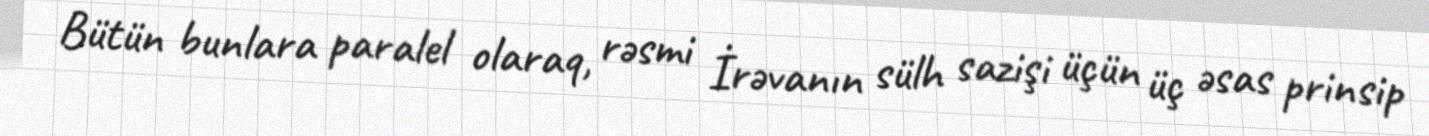
Bütün bunlara paralel olaraq, rəsmi İrəvanın sülh sazişi üçün üç əsas prinsip